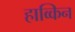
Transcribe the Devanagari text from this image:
हाव्किन